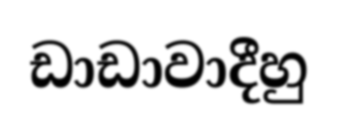
ඩාඩාවාදීහු